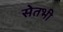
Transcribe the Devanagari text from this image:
सेतभी